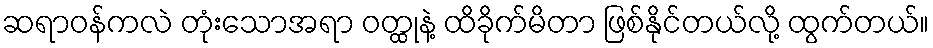
ဆရာဝန်ကလဲ တုံးသောအရာ ဝတ္ထုနဲ့ ထိခိုက်မိတာ ဖြစ်နိုင်တယ်လို့ ထွက်တယ်။